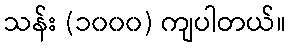
သန်း (၁၀၀၀) ကျပါတယ်။